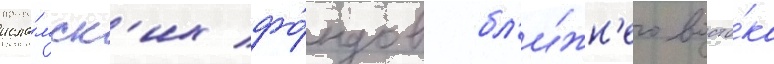
исла́мск'их фо́ндов бл'и́жн'его восто́ка